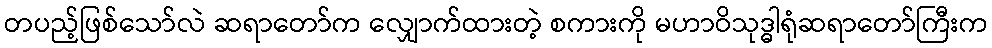
တပည့်ဖြစ်သော်လဲ ဆရာတော်က လျှောက်ထားတဲ့ စကားကို မဟာဝိသုဒ္ဓါရုံဆရာတော်ကြီးက